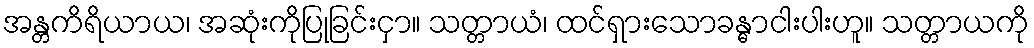
အန္တကိရိယာယ၊ အဆုံးကိုပြုခြင်းငှာ။ သတ္တာယံ၊ ထင်ရှားသောခန္ဓာငါးပါးဟူ။ သတ္တာယကို